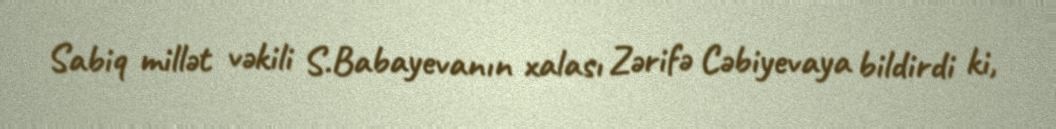
Sabiq millət vəkili S.Babayevanın xalası Zərifə Cəbiyevaya bildirdi ki,